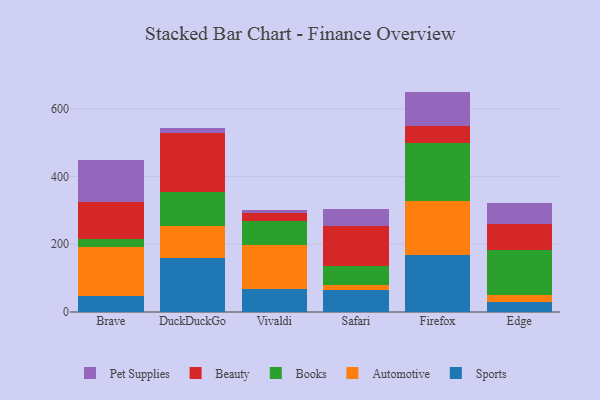
{"axis": {"x": "Browser", "y": "Waste Production (Tons)"}, "legend": ["Automotive", "Beauty", "Books", "Pet Supplies", "Sports"], "data": [{"x": "Brave", "y": 48.3, "type": "Sports"}, {"x": "Brave", "y": 145.0, "type": "Automotive"}, {"x": "Brave", "y": 22.1, "type": "Books"}, {"x": "Brave", "y": 109.4, "type": "Beauty"}, {"x": "Brave", "y": 123.6, "type": "Pet Supplies"}, {"x": "DuckDuckGo", "y": 159.9, "type": "Sports"}, {"x": "DuckDuckGo", "y": 94.6, "type": "Automotive"}, {"x": "DuckDuckGo", "y": 101.0, "type": "Books"}, {"x": "DuckDuckGo", "y": 172.8, "type": "Beauty"}, {"x": "DuckDuckGo", "y": 16.1, "type": "Pet Supplies"}, {"x": "Vivaldi", "y": 68.2, "type": "Sports"}, {"x": "Vivaldi", "y": 128.8, "type": "Automotive"}, {"x": "Vivaldi", "y": 72.3, "type": "Books"}, {"x": "Vivaldi", "y": 22.2, "type": "Beauty"}, {"x": "Vivaldi", "y": 8.5, "type": "Pet Supplies"}, {"x": "Safari", "y": 65.5, "type": "Sports"}, {"x": "Safari", "y": 15.0, "type": "Automotive"}, {"x": "Safari", "y": 56.5, "type": "Books"}, {"x": "Safari", "y": 117.5, "type": "Beauty"}, {"x": "Safari", "y": 49.2, "type": "Pet Supplies"}, {"x": "Firefox", "y": 168.2, "type": "Sports"}, {"x": "Firefox", "y": 160.1, "type": "Automotive"}, {"x": "Firefox", "y": 171.9, "type": "Books"}, {"x": "Firefox", "y": 49.9, "type": "Beauty"}, {"x": "Firefox", "y": 100.7, "type": "Pet Supplies"}, {"x": "Edge", "y": 30.2, "type": "Sports"}, {"x": "Edge", "y": 20.6, "type": "Automotive"}, {"x": "Edge", "y": 133.5, "type": "Books"}, {"x": "Edge", "y": 74.7, "type": "Beauty"}, {"x": "Edge", "y": 61.7, "type": "Pet Supplies"}]}